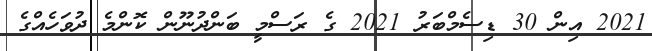
2021 އިން 30 ޑިސެމްބަރު 2021 ގެ ރަސްމީ ބަންދުނޫން ކޮންމެ ދުވަހެއްގެ